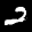
Label: 2